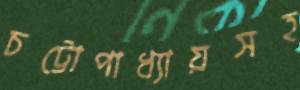
চট্টোপাধ্যায়সহ